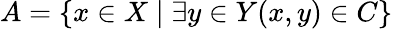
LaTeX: A=\{ x\in X\mid\exists y\in Y(x,y)\in C\}